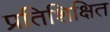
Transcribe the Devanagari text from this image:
प्रतिशिक्षित